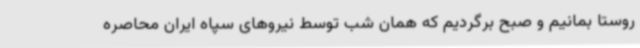
روستا بمانیم و صبح برگردیم که همان شب توسط نیروهای سپاه ایران محاصره